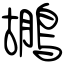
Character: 鶘